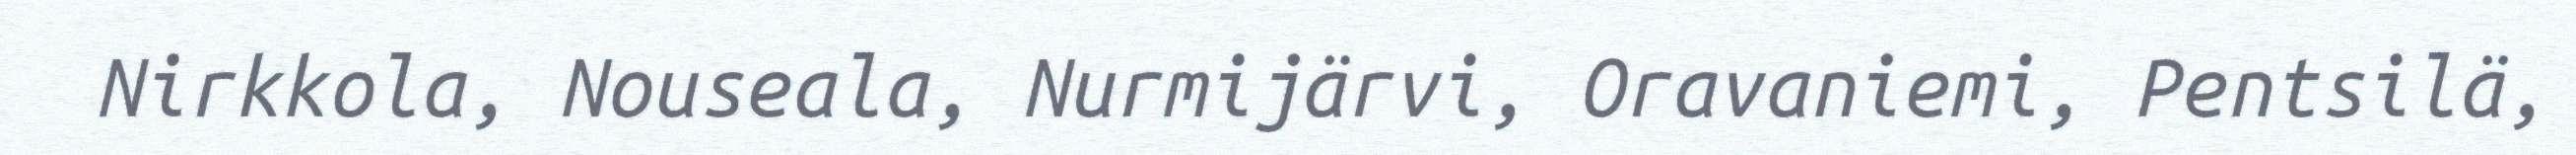
Nirkkola, Nouseala, Nurmijärvi, Oravaniemi, Pentsilä,